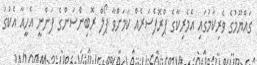
ގައްޔޫމުގެ ވެރިކަމުގައި އެމެރިކާގެ ޕްރޮފެސަރެއް ކަމަށްވާ ޕޯލް ރޮބިންސަންގެ ފަންނީ އެހީއާ އެކުގަ